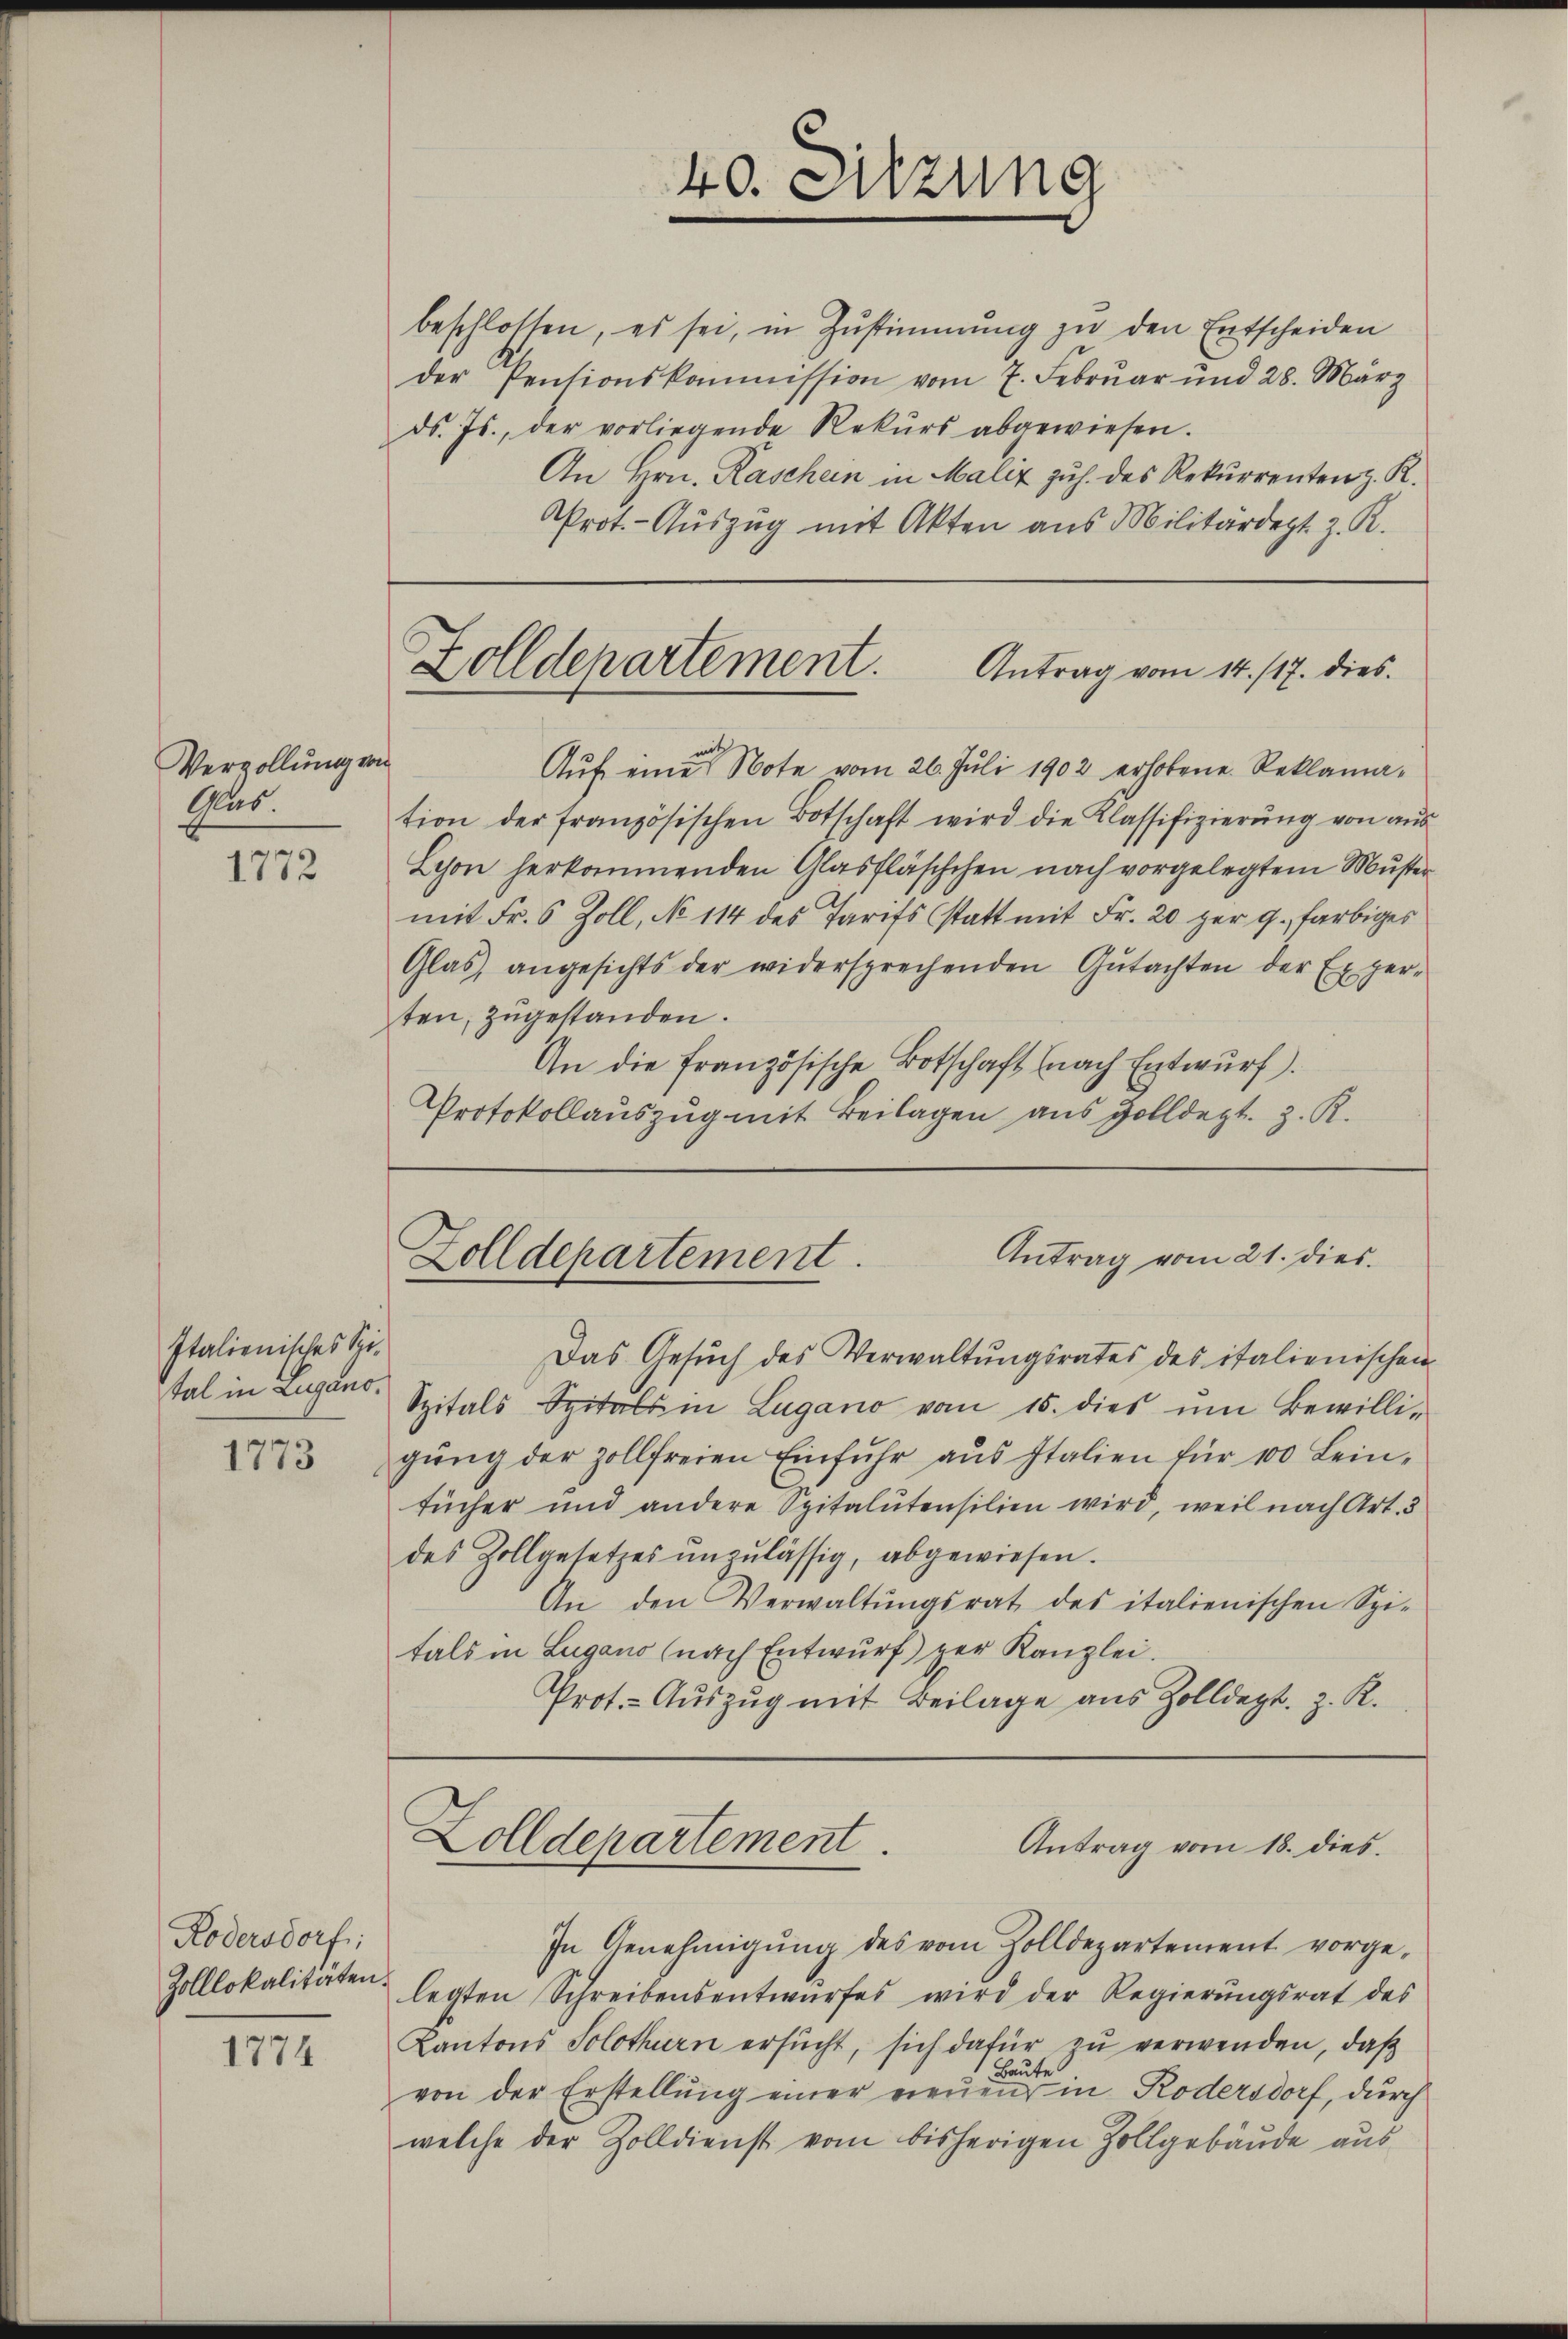
Vergollung von
Glas.

1772

Italienisches Spital in Zugano.

1773

Kodersdorf:
Zolllokalitäten.

1774.

beschlossen, es sei, in Zustimmung zu den Entscheiden
der Pensionskommission vom 7. Febrŭar und 28. März
dr. Js., der vorliegende Rekŭrs abgewiesen.
An Hrn. Raschein in Maliz zuh. des Rekurrenten z. R.
Prot. - Auszug mit Akten aus Militärdept z. R.

Auf eine Note vom 26. Juli 1902 erhobene Reklamation der französischen Botschaft wird die Klassifizierŭng von aus
Lyon herkommenden Glasfläschchen nach vorgelegtem Muster
mit Fr. 6 Zoll, No 114 des Tarifs (statt mit Fr. 20 per 9., farbiges
Glas angesichts der widersprechenden Gutachten der Experten, zugestanden.
An die französische Botschaft (nach Entwurf.
Protokollauszug mit Beilagen aus Zolldept. z. R.

Das Gesuch des Verwaltungsrates des italienischen
Spitals Spitals in Lugano vom 15. dies um Bewilli-
gŭng der zollfreien Einfŭhr aŭs Italien für 10 Leintücher und andere Spitalutensilien wird, weil nach Art. 3
des Zollgesetzes unzulässig, abgewiesen.
An den Verwaltŭngsrat des italienischen Spi-
tals in Lugano (nach Entwurf) zur Kanzlei.
Prot. Aŭszŭg mit Beilage aus Zolldept. z. R.

40. Sitzung

Zolldepartement.
Antrag vom 14./17. dies

Antrag vom 21. dies
Zolldepartement.

Zolldepartement.
Antrag vom 18. dies

In Genehmigŭng des vom Zolldepartement vorge-
legten Schreibensentwŭrfes wird der Regierŭngsrat des
Kantons Solothurn ersucht, sich dafür zu verwenden, daß
Baute
von der Erstellung einer neuen in Rödersdorf, durch
welche der Zolldienst vom bisherigen Zollgebäude aus